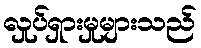
လှုပ်ရှားမှုများသည်